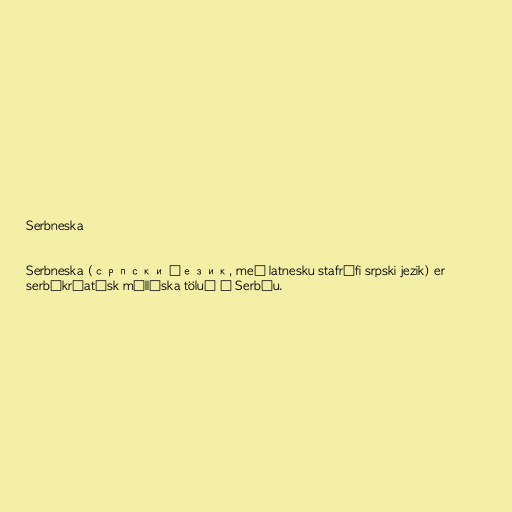
Serbneska

Serbneska (српски језик, með latnesku stafrófi srpski jezik) er
serbókróatísk mállýska töluð í Serbíu.